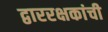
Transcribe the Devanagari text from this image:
द्वाररक्षकांची